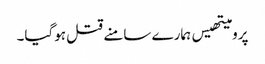
پرومیتھیس ہمارے سامنے قتل ہوگیا۔